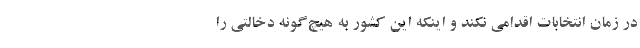
در زمان انتخابات اقدامی نکند و اینکه این کشور به هیچ‌گونه دخالتی را